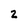
Character: 2